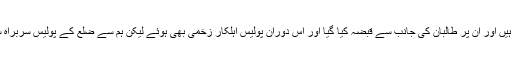
انہوں نے بتایا کہ ضلع کے گورنر کا کمپاؤنڈ اور پولیس ہیڈکوارٹر جنوبی حصے میں قائم ہیں اور ان پر طالبان کی جانب سے قبضہ کیا گیا اور اس دوران پولیس اہلکار زخمی بھی ہوئے لیکن ہم سے ضلع کے پولیس سربراہ سمیت دیگر سے رابطہ کھو چکے اور ہمیں ان کی حالات کے بارے میں کوئی اندازہ نہیں۔